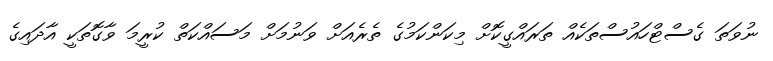
ނުވަތަ ގެސްޓްހައުސްތަކެއް ތަރައްގީކޮށް މިކަންކަމުގެ ތެރެއަށް ވަނުމަށް މަސައްކަތް ކުރީމަ ވާގޮތަކީ އާދައިގެ